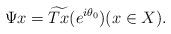
LaTeX: \begin{align*}\Psi x=\widetilde{Tx}(e^{i \theta_0}) (x \in X).\end{align*}